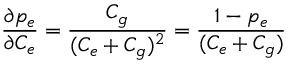
\frac { \partial p _ { e } } { \partial C _ { e } } = \frac { C _ { g } } { ( C _ { e } + C _ { g } ) ^ { 2 } } = \frac { 1 - p _ { e } } { ( C _ { e } + C _ { g } ) }